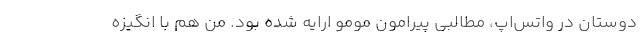
دوستان در واتس‌اپ، مطالبی پیرامون مومو ارایه شده بود. من هم با انگیزه